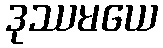
ဒုဿမယေ